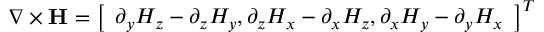
\nabla \times \mathbf { H } = \left[ \begin{array} { l } { \partial _ { y } H _ { z } - \partial _ { z } H _ { y } , \partial _ { z } H _ { x } - \partial _ { x } H _ { z } , \partial _ { x } H _ { y } - \partial _ { y } H _ { x } } \end{array} \right] ^ { T }